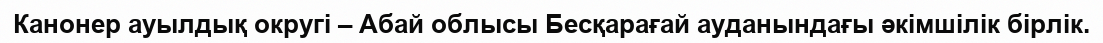
Канонер ауылдық округі – Абай облысы Бесқарағай ауданындағы әкімшілік бірлік.